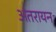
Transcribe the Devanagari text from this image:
अंतरायन